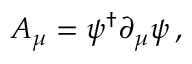
A _ { \mu } = \psi ^ { \dagger } \partial _ { \mu } \psi \, ,